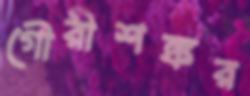
গৌরীশঙ্কর